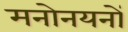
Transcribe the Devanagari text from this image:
मनोनयनों